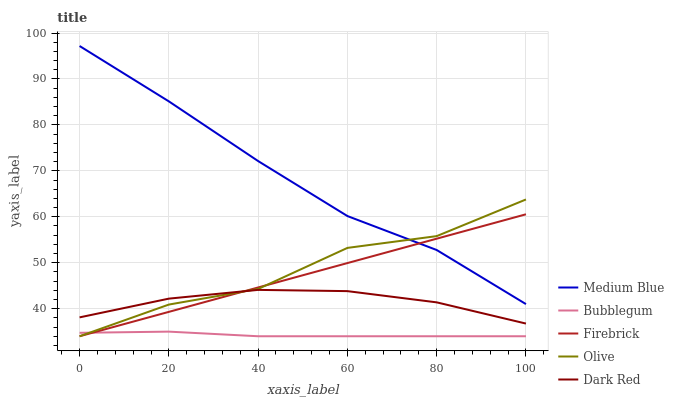
| xaxis_label | Medium Blue | Bubblegum | Firebrick | Olive | Dark Red |
 | --- | --- | --- | --- | --- | --- |
 | 0 | 97.2 | 34.7 | 34 | 34 | 38.1 |
 | 20 | 85.1 | 35 | 39.3 | 40.9 | 42.2 |
 | 40 | 72.1 | 34 | 44.6 | 44.3 | 44.1 |
 | 60 | 60.2 | 34 | 49.9 | 53.2 | 43.8 |
 | 80 | 52.8 | 34 | 55.2 | 55.8 | 41.4 |
 | 100 | 41 | 34 | 60.5 | 63.8 | 36.8 |